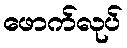
ဖောက်လုပ်